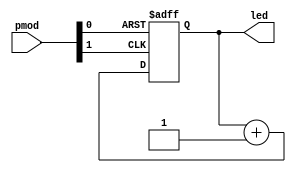
// Count up on each button press and display on LEDs
module button_counter (

	// Inputs
	input			wire  [1:0]		pmod,
	
	// Outputs
	output		reg	[3:0]		led
);


	wire rst;
	wire clk;
	
	// Reset is the inverse of the first button
	assign rst = ~pmod[0];
	
	// Clock signal is the inverse of the second button
	assign clk = ~pmod[1];
	
	// Count up on clock rising edge or reset on button push
	always @ (posedge clk or posedge rst) begin
		if (rst == 1'b1) begin
			led <= 4'b0;
		end else begin
			led <= led + 1'b1;
		end
	end
endmodule